Civil Veterinary Dept. North-West Frontier Province 1933-46 - 1933-1946
Year: 1933
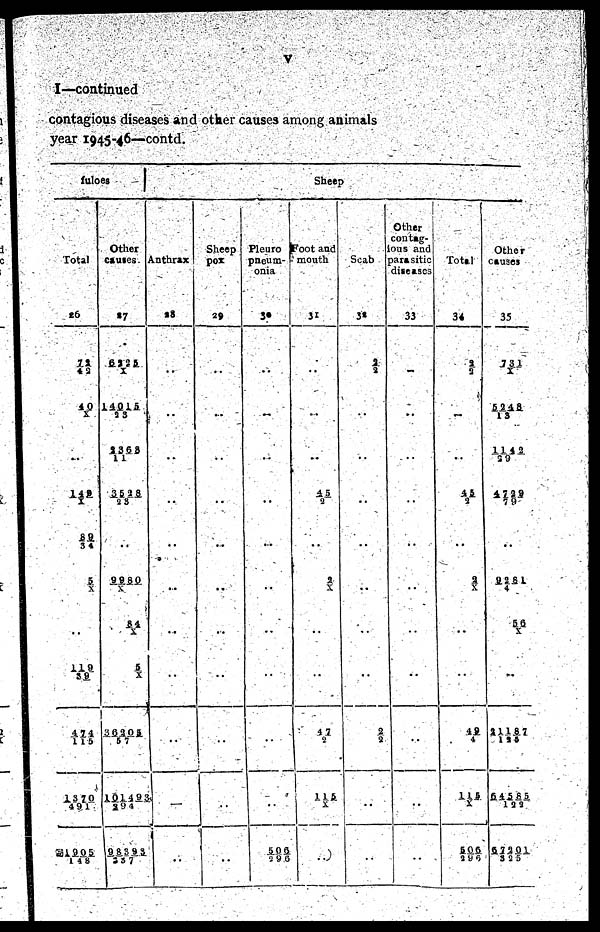
v
I—continued
contagious diseases and other causes among animals
year 1945-46—contd.
fuloes
Total
26
72/4 2
4 0/X
...
140/ X
8 9/3 4
5/ X
..
119/3 9
4 7 4/ 1 1 5
1 3 7 0/4 9 1
1905/1
4 8
Other
causes
27
6 3 2 5/X
1 4 0 1 5/2 3
2 3 6 8/1 1
3 5 2 8/2 3
9 9 8 0/X
8 4/X
5/ X
3 6 2 0 5/5 7
1 0 1 4 93/2 9 4
9 8 3 9 3/2 5 7
Sheep
Anthrax
28
..
..
..
..
..
..
..
..
..
Sheep
pox
29
..
...
..
..
..
..
..
..
..
..
..
Pleuro
pneum-
onia
30
..
..
..
..
..
..
..
..
..
..
5 0 6/2 9 6
Foot and
mouth
31
..
..
..
4 5/2
..
2/X
..
..
4 7/2
1 1 5/X
..
Scab
32
2/2
..
..
..
..
..
..
..
2/ 2
..
..
Other
contag-
ious and
parasitic
diseases
33
..
..
..
..
..
..
..
..
..
..
..
Total
34
2/2
45/ 2
..
2/X
..
4 9/4
1 1 5/X
5 0 6/2 9 6
Other
causes
35
731/X
5 2 4 8/1 3
1 1 4 2/29
4 7 2 9 / 7 9
..
9 2 8 1/4
5 6/X
..
2 1 1 8 7/125
6 4 5 8 5/1 2 2
6 7 2 0 1/3 2 5